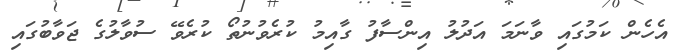
އެހެން ކަމުގައި ވާނަމަ އަދުލު އިންސާފު ގާއިމު ކުރެވުނުތޯ ކުރެވޭ ސުވާލުގެ ޖަވާބުގައި